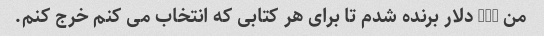
من 200 دلار برنده شدم تا برای هر کتابی که انتخاب می کنم خرج کنم.